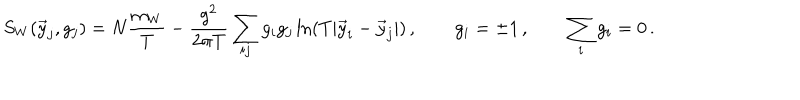
LaTeX: S _ { W } ( \vec { y } _ { j } , g _ { j } ) = N \frac { m _ { W } } T - \frac { g ^ { 2 } } { 2 \pi T } \sum _ { i j } g _ { i } g _ { j } \ln ( T | \vec { y } _ { i } - \vec { y } _ { j } | ) \, , \qquad g _ { i } = \pm 1 \, , \qquad \sum _ { i } g _ { i } = 0 \, .